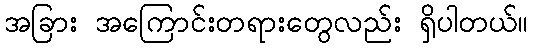
အခြား အကြောင်းတရားတွေလည်း ရှိပါတယ်။